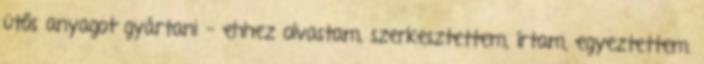
ütős anyagot gyártani - ehhez olvastam, szerkesztettem, írtam, egyeztettem.